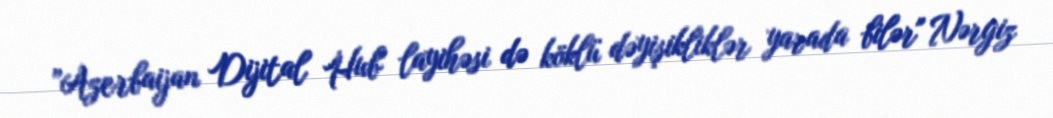
”Azerbaijan Dijital Hub" layihəsi də köklü dəyişikliklər yarada bilər" Nərgiz